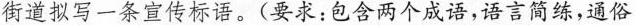
街道拟写一条宣传标语。(要求：包含两个成语，语言简练，通俗